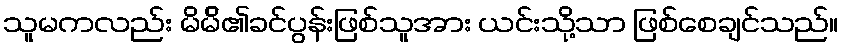
သူမကလည်း မိမ်ိ၏ခင်ပွန်းဖြစ်သူအား ယင်းသို့သာ ဖြစ်စေချင်သည်။